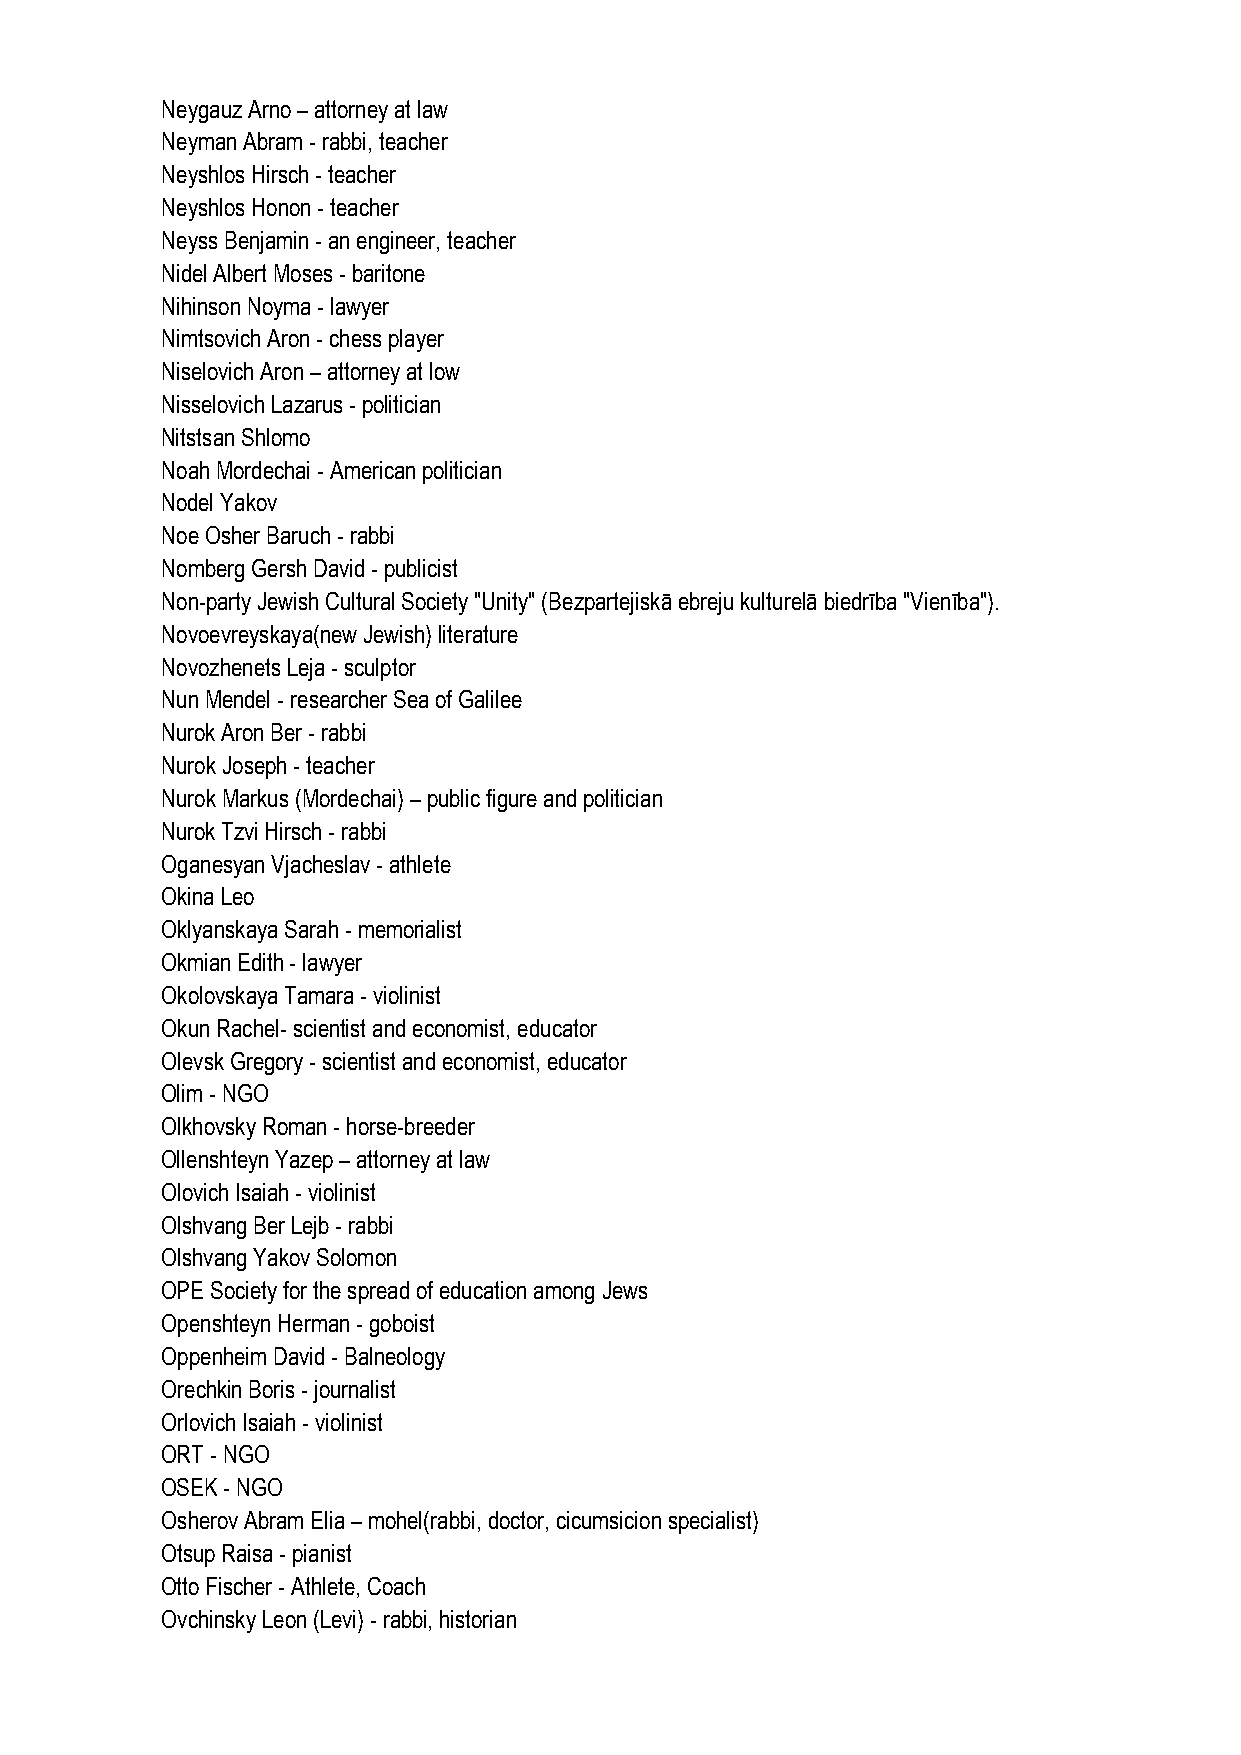
Neygauz Arno – attorney at law
 Neyman Abram - rabbi, teacher
 Neyshlos Hirsch - teacher
 Neyshlos Honon - teacher
 Neyss Benjamin - an engineer, teacher
 Nidel Albert Moses - baritone
 Nihinson Noyma - lawyer
 Nimtsovich Aron - chess player
 Niselovich Aron – attorney at low
 Nisselovich Lazarus - politician
 Nitstsan Shlomo
 Noah Mordechai - American politician
 Nodel Yakov
 Noe Osher Baruch - rabbi
 Nomberg Gersh David - publicist
 Non-party Jewish Cultural Society "Unity" (Bezpartejiskā ebreju kulturelā biedrība "Vienība").
 Novoevreyskaya(new Jewish) literature
 Novozhenets Leja - sculptor
 Nun Mendel - researcher Sea of Galilee
 Nurok Aron Ber - rabbi
 Nurok Joseph - teacher
 Nurok Markus (Mordechai) – public figure and politician
 Nurok Tzvi Hirsch - rabbi
 Oganesyan Vjacheslav - athlete
 Okina Leo
 Oklyanskaya Sarah - memorialist
 Okmian Edith - lawyer
 Okolovskaya Tamara - violinist
 Okun Rachel- scientist and economist, educator
 Olevsk Gregory - scientist and economist, educator
 Olim - NGO
 Olkhovsky Roman - horse-breeder
 Ollenshteyn Yazep – attorney at law
 Olovich Isaiah - violinist
 Olshvang Ber Lejb - rabbi
 Olshvang Yakov Solomon
 OPE Society for the spread of education among Jews
 Openshteyn Herman - goboist
 Oppenheim David - Balneology
 Orechkin Boris - journalist
 Orlovich Isaiah - violinist
 ORT - NGO
 OSEK - NGO
 Osherov Abram Elia – mohel(rabbi, doctor, cicumsicion specialist)
 Otsup Raisa - pianist
 Otto Fischer - Athlete, Coach
 Ovchinsky Leon (Levi) - rabbi, historian